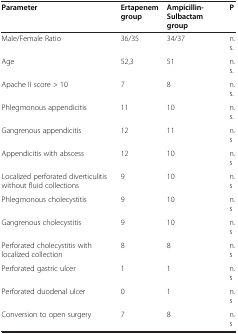
<table><thead><tr><td><b>Parameter</b></td><td><b>Ertapenem group</b></td><td><b>Ampicillin- Sulbactam group</b></td><td><b>P</b></td></tr></thead><tbody><tr><td>Male/Female Ratio</td><td>36/35</td><td>34/37</td><td>n.s.</td></tr><tr><td>Age</td><td>52,3</td><td>51</td><td>n.s.</td></tr><tr><td>Apache II score &gt; 10</td><td>7</td><td>8</td><td>n.s.</td></tr><tr><td>Phlegmonous appendicitis</td><td>11</td><td>10</td><td>n.s.</td></tr><tr><td>Gangrenous appendicitis</td><td>12</td><td>11</td><td>n.s</td></tr><tr><td>Appendicitis with abscess</td><td>12</td><td>10</td><td>n.s</td></tr><tr><td>Localized perforated diverticulitis without fluid collections</td><td>9</td><td>10</td><td>n.s</td></tr><tr><td>Phlegmonous cholecystitis</td><td>9</td><td>10</td><td>n.s</td></tr><tr><td>Gangrenous cholecystitis</td><td>9</td><td>10</td><td>n.s</td></tr><tr><td>Perforated cholecystitis with localized collection</td><td>8</td><td>8</td><td>n.s</td></tr><tr><td>Perforated gastric ulcer</td><td>1</td><td>1</td><td>n.s</td></tr><tr><td>Perforated duodenal ulcer</td><td>0</td><td>1</td><td>n.s</td></tr><tr><td>Conversion to open surgery</td><td>7</td><td>8</td><td>n.s</td></tr></tbody></table>